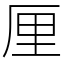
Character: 厘